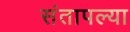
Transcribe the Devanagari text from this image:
संतापल्या